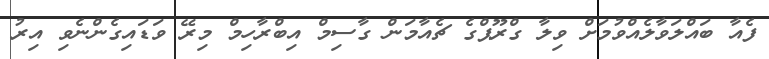
ފެއާ ބައްލަވާލެއްވުމަށް ވިލާ ގްރޫޕްގެ ޗެއާމަން ގާސިމް އިބްރާހިމް މިރޭ ވަޑައިގެންނެވި އިރު